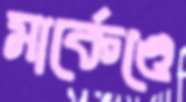
মার্কেণ্ডে